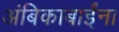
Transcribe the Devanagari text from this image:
अंबिकाबाईंना